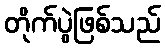
တိုက်ပွဲဖြစ်သည်